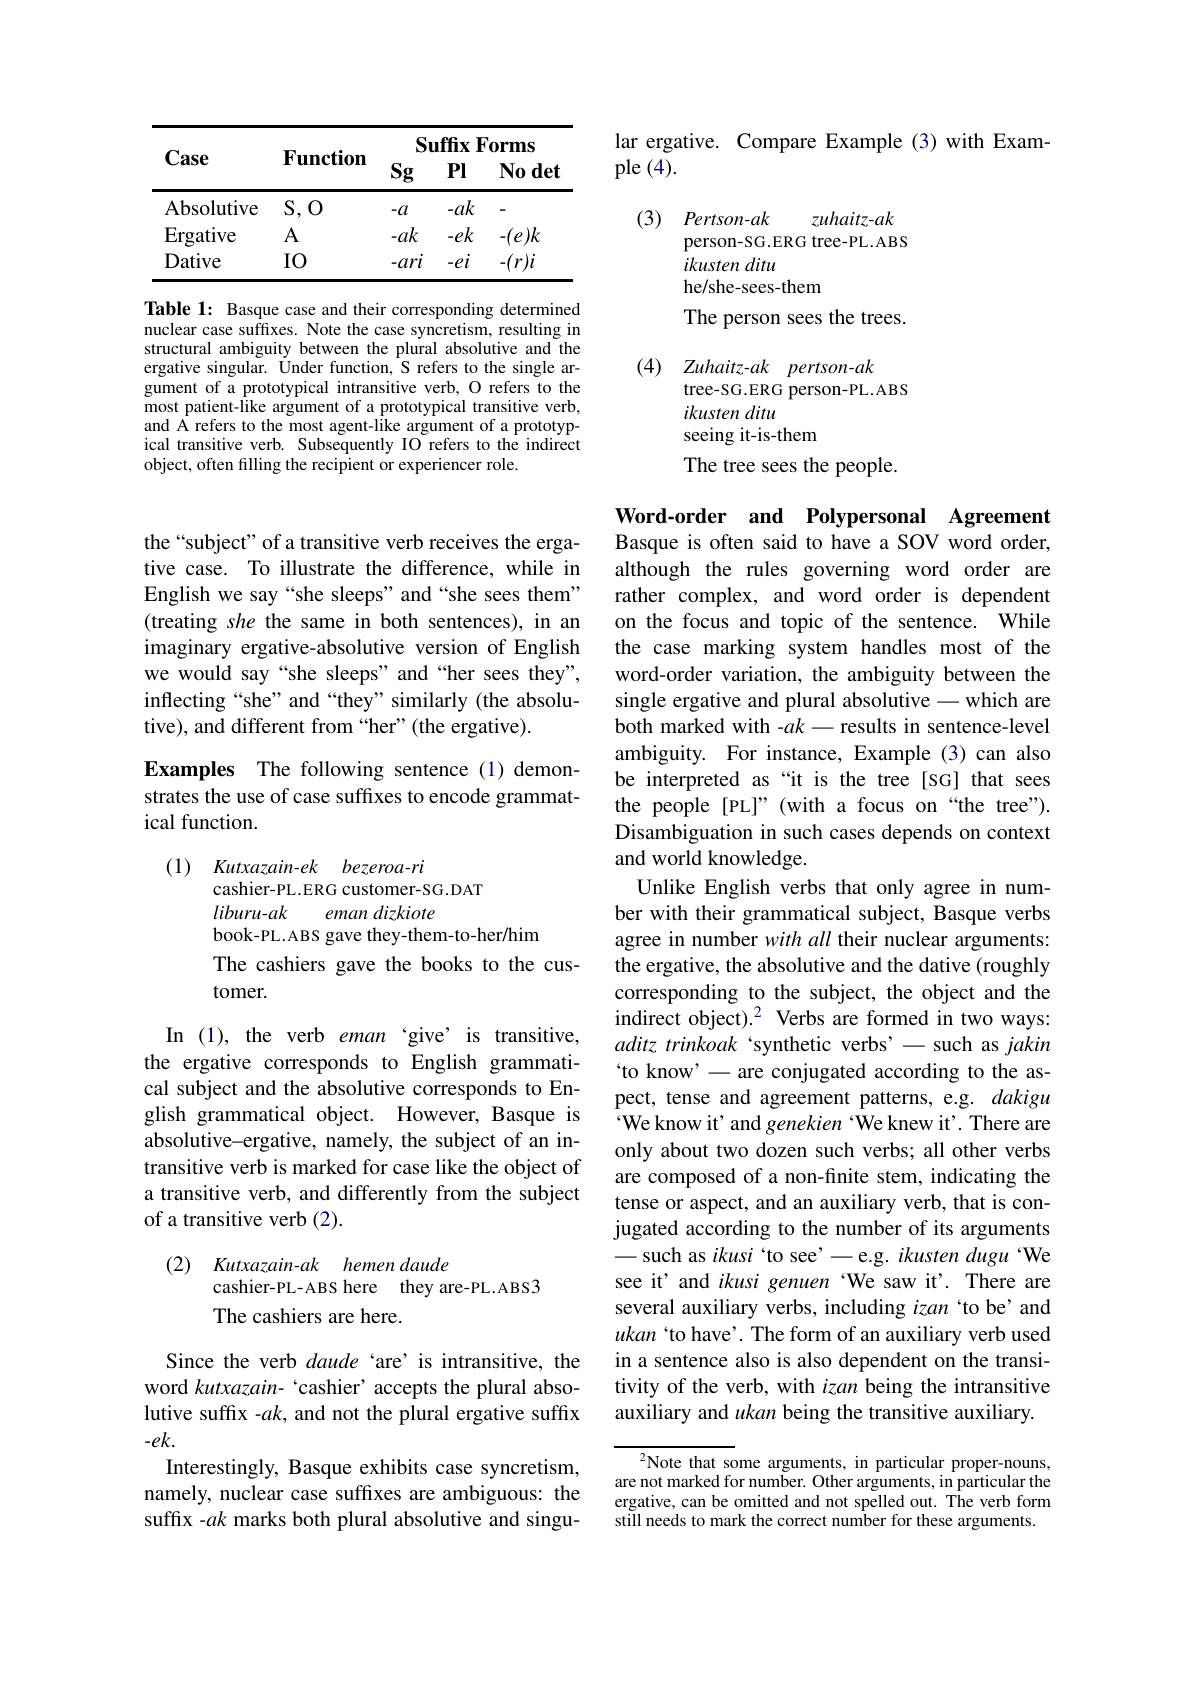
<table>
	<tbody>
		<tr>
			<th>Case</th>
			<th>$\mathbf{Function}$</th>
			<th>$Su$ Sg</th>
			<th>$\textbf{ı ffix F}$ $\mathbf{PI}$</th>
			<th>$0rms$ $\mathbf{No}$det</th>
		</tr>
		<tr>
			<th>Case</th>
			<th>$\mathbf{Function}$</th>
			<th>$Su$ Sg</th>
			<th>$\textbf{ı ffix F}$ · $\mathbf{Pl}$</th>
			<th>$0rms$ Nodet</th>
		</tr>
		<tr>
			<td>Absolutive</td>
			<td>$S,O$</td>
			<td>$-a$</td>
			<td>$-ak$</td>
			<td>-</td>
		</tr>
		<tr>
			<td>Ergative</td>
			<td>$A$</td>
			<td>$-ak$</td>
			<td>$-ek$</td>
			<td>$(e)k$</td>
		</tr>
		<tr>
			<td>Dative</td>
			<td>IO</td>
			<td>$-ari$</td>
			<td>$-ei$</td>
			<td>$(r)i$</td>
		</tr>
	</tbody>
</table>

Table 1: Basque case and their corresponding determined nuclear case suffixes. Note the case syncretism, resulting in structural ambiguity between the plural absolutive and the ergative singular. Under function, S refers to the single argument of a prototypical intransitive verb, O refers to the most patient-like argument of a prototypical transitive verb, and A refers to the most agent-like argument of a prototypical transitive verb. Subsequently IO refers to the indirect object, often filling the recipient or experiencer role.

the “subject” of a transitive verb receives the ergative case. To illustrate the difference, while in English we say “she sleeps”and“she sees them” (treating she the same in both sentences), in an imaginary ergative-absolutive version of English we would say“she sleeps”and“her sees they”, inflecting“she”and“they”similarly(the absolutive), and different from“her”(the ergative).

Examples The following sentence(1) demonstrates the use of case suffixes to encode grammatical function.

(1) $\textit{Kutxazain- ek}$ $bezeroa- ri$
cashier-PL.ERG customer-SG.DAT
eman dizkiote
liburu-ak
book-PL.ABS gave they-them-to-her/him
The cashiers gave the books to the cus-
tomer.

In (1), the verb eman‘give’is transitive, the ergative corresponds to English grammatical subject and the absolutive corresponds to English grammatical object. However, Basque is absolutive-ergative, namely, the subject of an intransitive verb is marked for case like the object of a transitive verb, and differently from the subject of a transitive verb (2).
(2)
Kutxazain-ak hemen daude

cashier-PL-ABS here they are-PL.ABS3
The cashiers are here.

Since the verb daude‘are’is intransitive, the word kutxazain- `cashier' accepts the plural absolutive suffix -$ak$, and not the plural ergative suffix $-ek.$
Interestingly, Basque exhibits case syncretism, namely, nuclear case suffixes are ambiguous: the suffix -ak marks both plural absolutive and singu-

lar ergative. Compare Example (3) with Exam-
# $ple(4).$

(3) $\textit{Pertson- ak}$
zuhaitz-ak
person-SG.ERG tree-PL.ABS
ikustenditu
he/she-sees-them
The person sees the trees.
(4) Zuhaitz-ak pertson-ak
tree-SG.ERG person-PL.ABS
ikusten ditu
seeing it-is-them
The tree sees the people.

Word-order and Polypersonal Agreement Basque is often said to have a SOV word order, although the rules governing word order are rather complex, and word order is dependent on the focus and topic of the sentence. While the case marking system handles most of the word-order variation, the ambiguity between the single ergative and plural absolutive -which are both marked with -$ak-$results in sentence-level ambiguity. For instance, Example (3) can also be interpreted as“it is the tree[SG] that sees the people [PL]" (with a focus on “the tree”). Disambiguation in such cases depends on context and world knowledge.
Unlike English verbs that only agree in number with their grammatical subject, Basque verbs agree in number with all their nuclear arguments: the ergative, the absolutive and the dative (roughly corresponding to the subject, the object and the indirect object).$^2$ Verbs are formed in two ways: aditz trinkoak ‘synthetic verbs’- such as jakin `to know'-are conjugated according to the aspect, tense and agreement patterns, e.g. dakigu We know it' and genekien‘We knew it’. There are only about two dozen such verbs; all other verbs are composed of a non-finite stem, indicating the tense or aspect, and an auxiliary verb, that is conjugated according to the number of its arguments -such as ikusi 'to see' -e.g. ikusten dugu 'We see it' and ikusi genuen‘We saw it’. There are several auxiliary verbs, including izan 'to be' and ukan `to have'. The form of an auxiliary verb used in a sentence also is also dependent on the transitivity of the verb, with izan being the intransitive auxiliary and ukan being the transitive auxiliary.

$^{2}$Note that some arguments, in particular proper-nouns, are not marked for number. Other arguments, in particular the ergative, can be omitted and not spelled out. The verb form still needs to mark the correct number for these arguments.